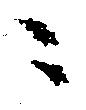
ニ